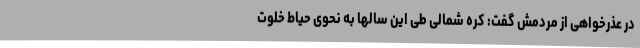
در عذرخواهی از مردمش گفت: کره شمالی طی این سالها به نحوی حیاط خلوت